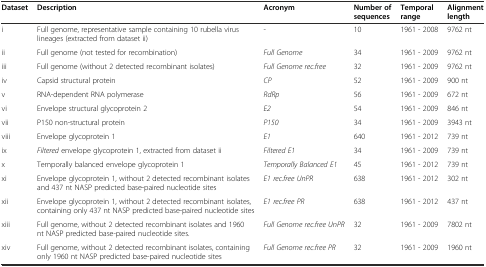
<table><thead><tr><td><b>Dataset</b></td><td><b>Description</b></td><td><b>Acronym</b></td><td><b>Number of sequences</b></td><td><b>Temporal range</b></td><td><b>Alignment length</b></td></tr></thead><tbody><tr><td>i</td><td>Full genome, representative sample containing 10 rubella virus lineages (extracted from dataset ii)</td><td>-</td><td>10</td><td>1961 - 2008</td><td>9762 nt</td></tr><tr><td>ii</td><td>Full genome (not tested for recombination)</td><td><i>Full Genome</i></td><td>34</td><td>1961 - 2009</td><td>9762 nt</td></tr><tr><td>iii</td><td>Full genome (without 2 detected recombinant isolates)</td><td><i>Full Genome rec.free</i></td><td>32</td><td>1961 - 2009</td><td>9762 nt</td></tr><tr><td>iv</td><td>Capsid structural protein</td><td><i>CP</i></td><td>52</td><td>1961 - 2009</td><td>900 nt</td></tr><tr><td>v</td><td>RNA-dependent RNA polymerase</td><td><i>RdRp</i></td><td>56</td><td>1961 - 2009</td><td>672 nt</td></tr><tr><td>vi</td><td>Envelope structural glycoprotein 2</td><td><i>E2</i></td><td>54</td><td>1961 - 2009</td><td>846 nt</td></tr><tr><td>vii</td><td>P150 non-structural protein</td><td><i>P150</i></td><td>34</td><td>1961 - 2009</td><td>3943 nt</td></tr><tr><td>viii</td><td>Envelope glycoprotein 1</td><td><i>E1</i></td><td>640</td><td>1961 - 2012</td><td>739 nt</td></tr><tr><td>ix</td><td><i>Filtered</i> envelope glycoprotein 1, extracted from dataset ii</td><td><i>Filtered E1</i></td><td>34</td><td>1961 - 2009</td><td>739 nt</td></tr><tr><td>x</td><td>Temporally balanced envelope glycoprotein 1</td><td><i>Temporally Balanced E1</i></td><td>45</td><td>1961 - 2012</td><td>739 nt</td></tr><tr><td>xi</td><td>Envelope glycoprotein 1, without 2 detected recombinant isolates and 437 nt NASP predicted base-paired nucleotide sites</td><td><i>E1 rec.free UnPR</i></td><td>638</td><td>1961 - 2012</td><td>302 nt</td></tr><tr><td>xii</td><td>Envelope glycoprotein 1, without 2 detected recombinant isolates, containing only 437 nt NASP predicted base-paired nucleotide sites</td><td><i>E1 rec.free PR</i></td><td>638</td><td>1961 - 2012</td><td>437 nt</td></tr><tr><td>xiii</td><td>Full genome, without 2 detected recombinant isolates and 1960 nt NASP predicted base-paired nucleotide sites.</td><td><i>Full Genome rec.free UnPR</i></td><td>32</td><td>1961 - 2009</td><td>7802 nt</td></tr><tr><td>xiv</td><td>Full genome, without 2 detected recombinant isolates, containing only 1960 nt NASP predicted base-paired nucleotide sites</td><td><i>Full Genome rec.free PR</i></td><td>32</td><td>1961 - 2009</td><td>1960 nt</td></tr></tbody></table>